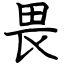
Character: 畏